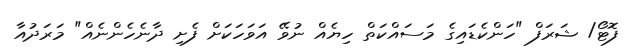
ފޮޓޯ/ ޝަރަފް "ހަންކެޑައިގެ މަސައްކަތް ހިޔެއް ނުވޭ އަވަހަކަށް ފެށި ދާނެހެންނެއް" މަރަދުއާ